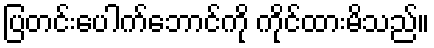
ပြတင်းပေါက်ဘောင်ကို ကိုင်ထားမိသည်။